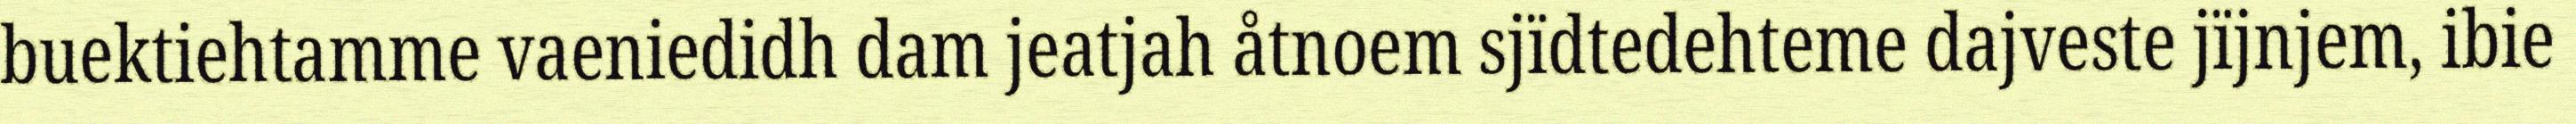
buektiehtamme vaeniedidh dam jeatjah åtnoem sjïdtedehteme dajveste jïjnjem, ibie